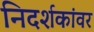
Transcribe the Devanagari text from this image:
निदर्शकांवर